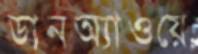
ডানঅ্যাওয়ে